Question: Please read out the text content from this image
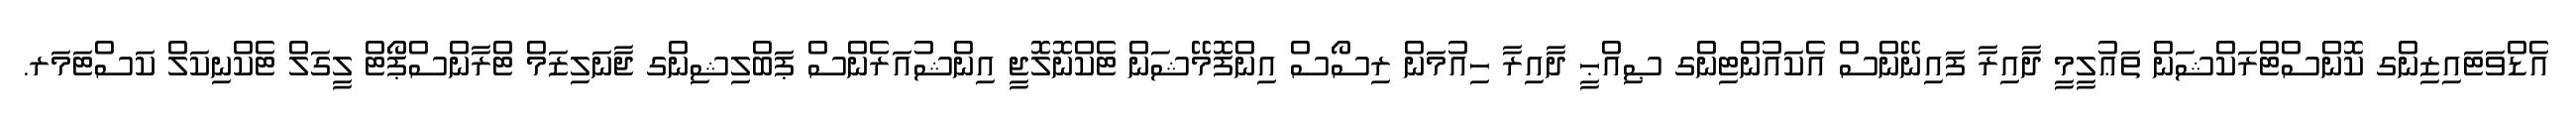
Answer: އެޑްވަޓައިޒިންގ ކޮންސްޓްރަކްޝަން ތަޢުލީމީ ދާއިރާ ފައިނޭންސް އެކައުންޓިންގ ޞިއްޙީ ދާއިރާ ހިއުމަން ރިސޯސް އިންފޮމޭޝަން ޓެކްނޮލޮޖީ އިންޝުއަރެންސް ޕަބްލިޝިންގ ޖާނަލިޒަމް ޓްރާންސްޕޯޓް ލީގަލް ޓެކްނިކަލް ކަސްޓަމަރ.